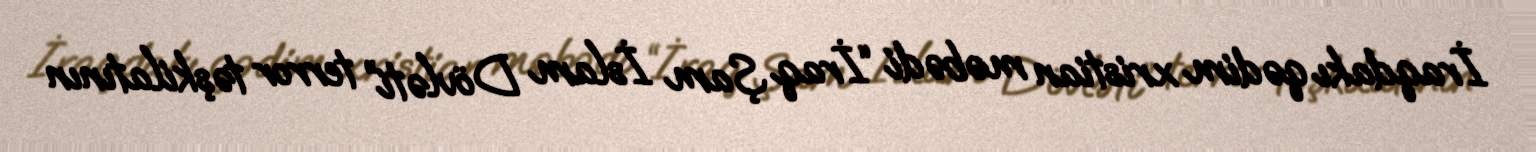
İraqdakı qədim xristian məbədi “İraq Şam İslam Dövləti” terror təşkilatının